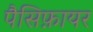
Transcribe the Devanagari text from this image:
पैसिफ़ायर